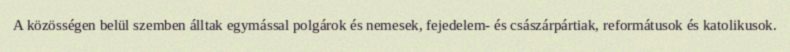
A közösségen belül szemben álltak egymással polgárok és nemesek, fejedelem- és császárpártiak, reformátusok és katolikusok.